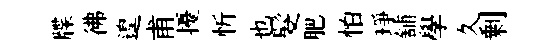
牒彿遑甫擾忻也髮肥怕琤舖學久剰